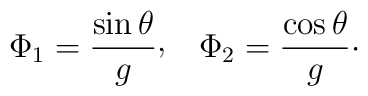
\Phi_{1}={\sin\theta\over g}\raise 2pt\hbox{,}\quad\Phi_{2}={\cos\theta\over g}\cdotp